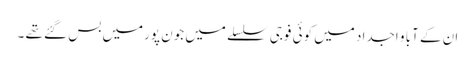
ان کے آبا و اجداد میں کوئی فوجی سلسلے میں جون پورمیں بس گئے تھے ۔